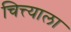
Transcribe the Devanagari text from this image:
चित्त्याला